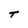
Character: T